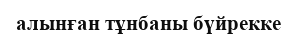
алынған тұнбаны бүйрекке